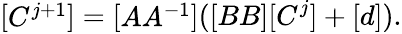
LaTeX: {\left[\begin{array}{l}{C^{j+1}}\end{array}\right]}={\left[\begin{array}{l}{AA^{-1}}\end{array}\right]}([BB][C^{j}]+[d]).